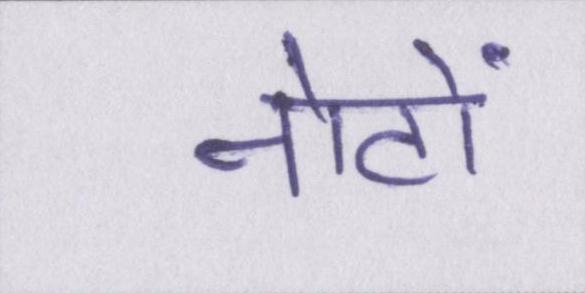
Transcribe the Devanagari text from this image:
नोटों